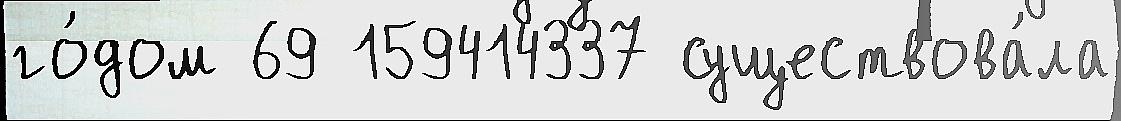
го́дом 69 159414337 существова́ла